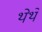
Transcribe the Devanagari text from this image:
थेथे